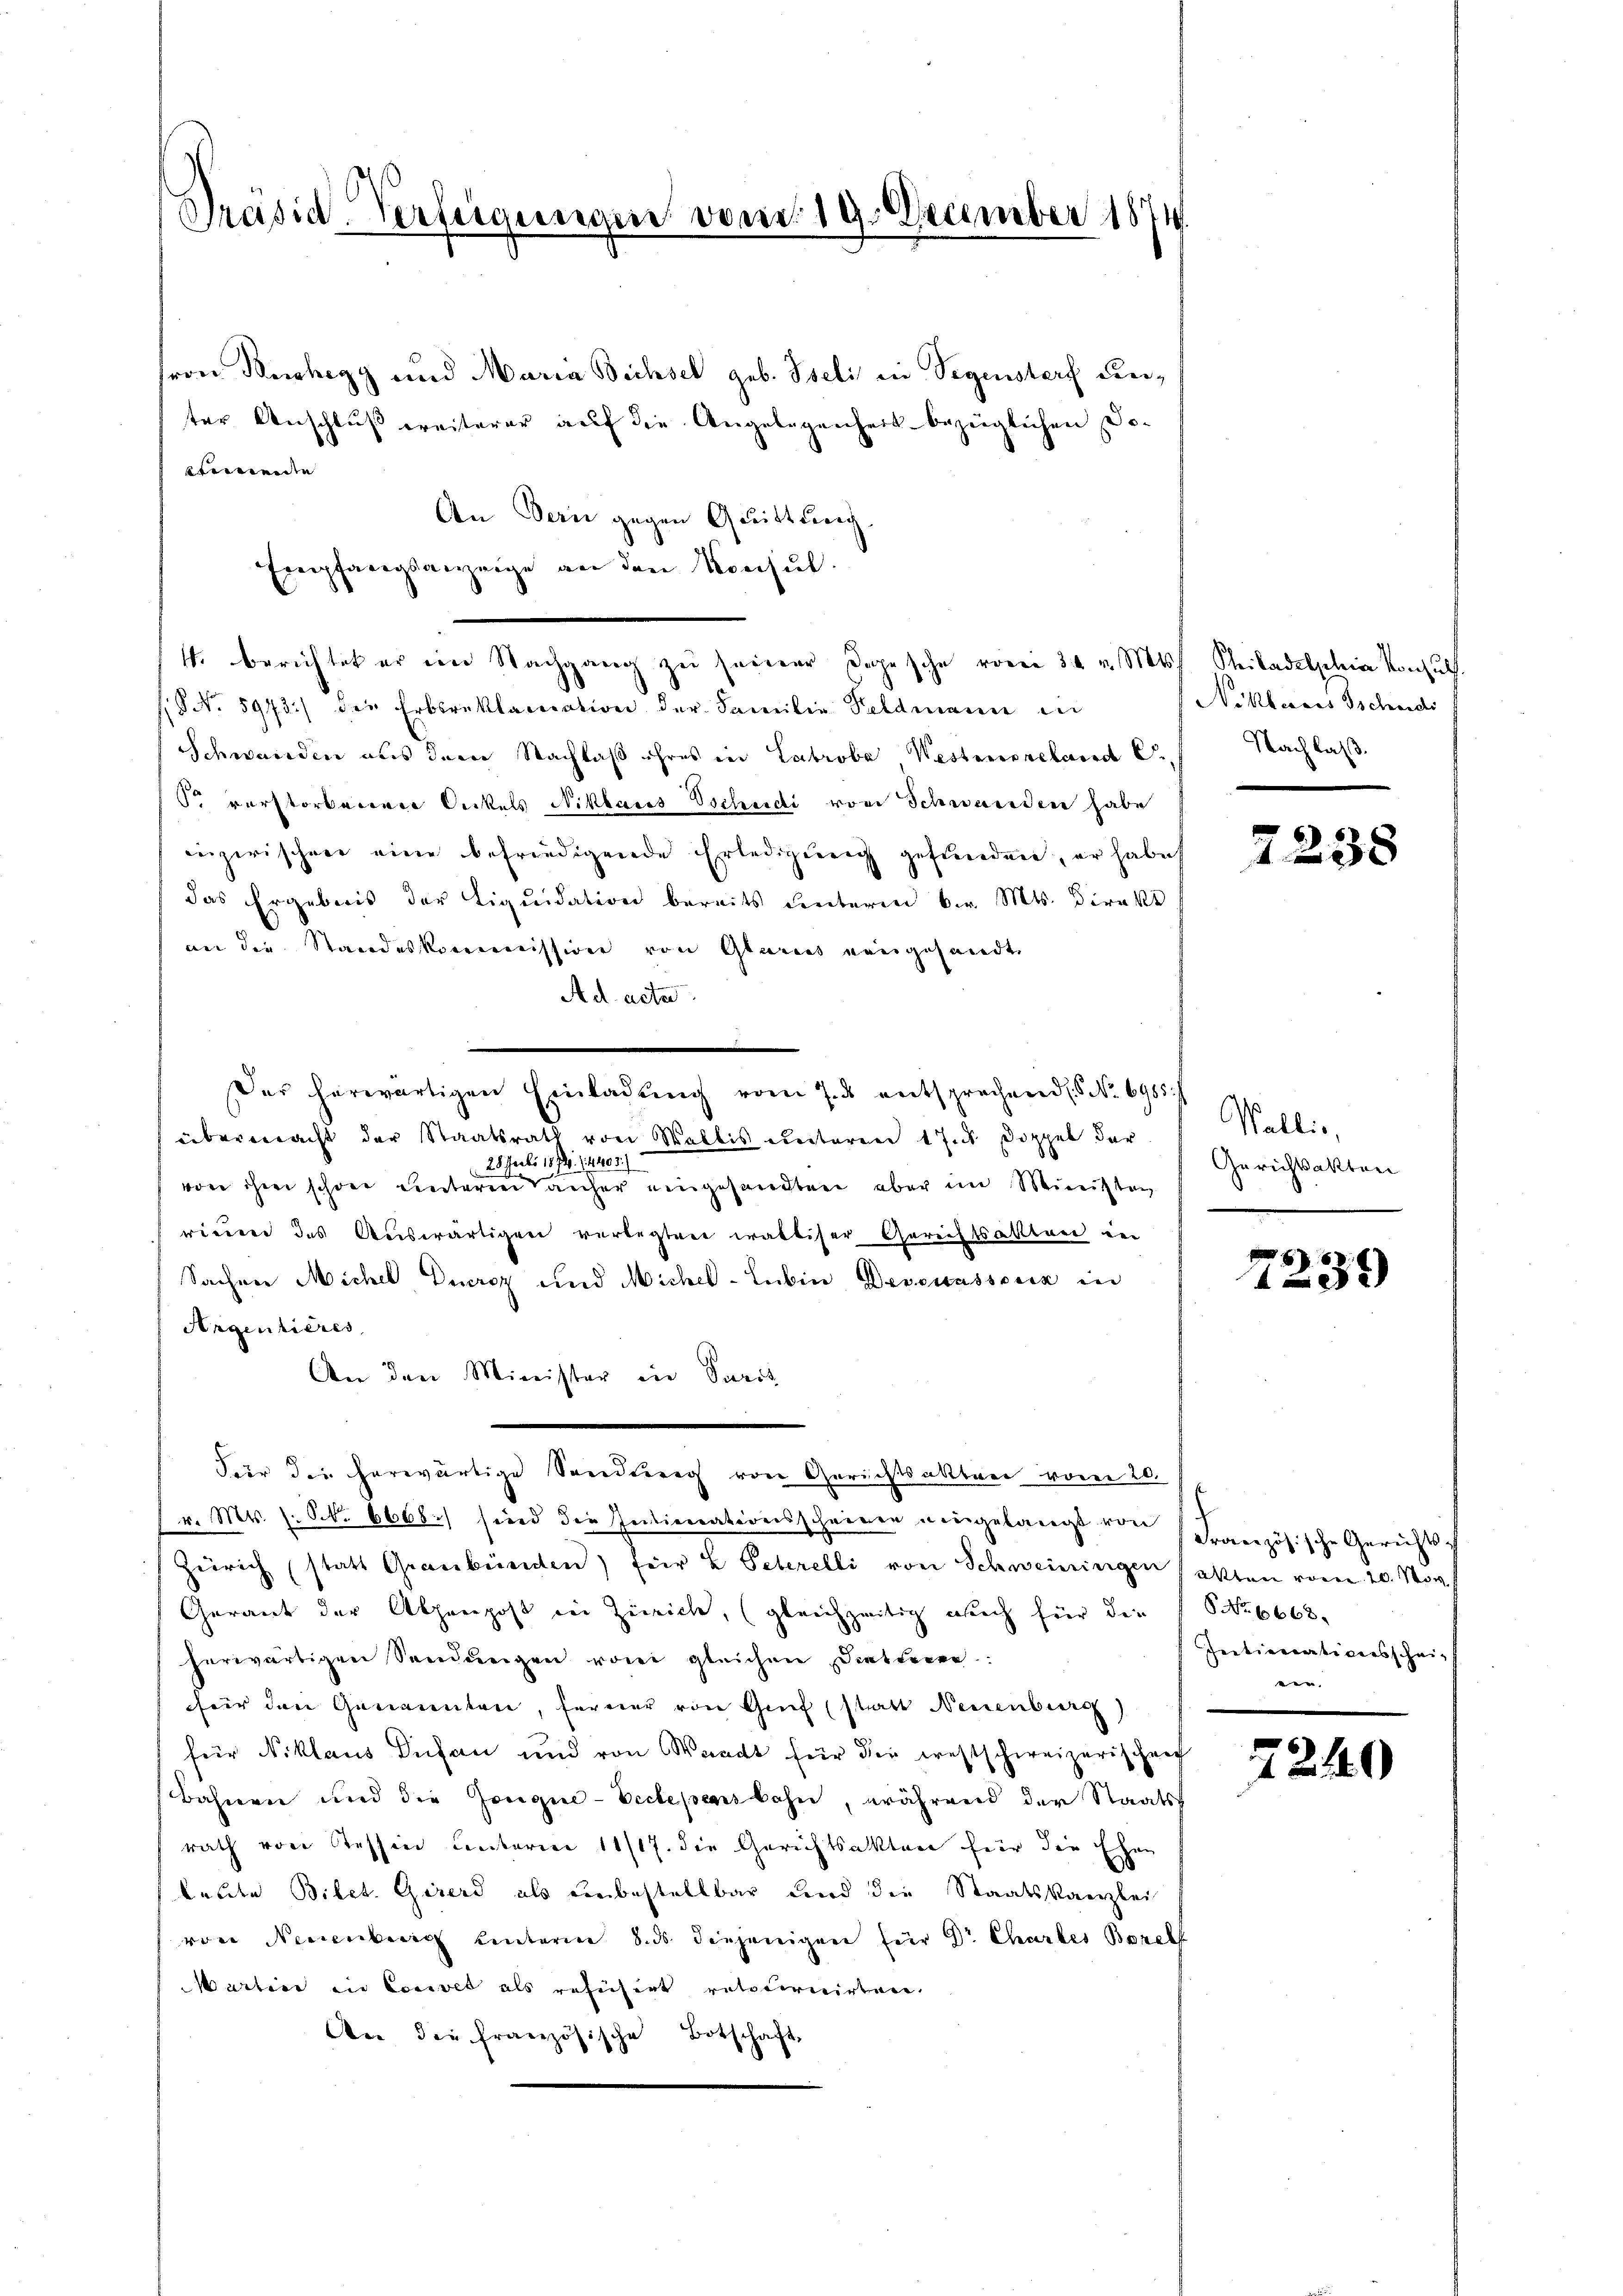
Präsid-Verfügungen vom 19. December 1874

von Buchegg und Maria Bichsel geb. Iseli in Segenstorf Kreiter Anschluß weiterer auf die Angelegenheit bezüglichen Doeerenden
An Bern gegen Quittung.
Empfangsanzeige an den Konsul-
(§ No. 5973.) die Erbsreklacication der Familie Feldmann in
Schwanden aus dem Nachlaß ihres in Labrobe, Westeueretard C
 verstorbenen Onkels Niklaus Tschudi von Schwanden habe
inzwischen eine befriedigende Erledigung gefunden, er habe
das Ergebnis der Liquidation bereits unterm br. Mts. Direkt
an die Standeskommission von Glarus vergesandt,
Ad acte.
Der herwärtigen Einladŭng vom 7. ds entsprechend No 6985./
übermacht der Staatsrath von Wallis unteren 1 Ins Doppel dar
28. Febr 1874. 14403.)
vone ihm schöne Leuteren Tauser eingesandten aber im Ministen
rinen des Auswärtigen verlegten walliser Gerichtsalten in
Sachen Michel Diurcz und Michel-Lubin Devesassocia in
Argentieres
An den Minister in Parit
Für die herwärtige Sendung von Gerichtsakteri vom 20.
 v. Mts. s. S. 6668.) sind die Intimnationsscheinen eingelangt von Französische Gerichts-
Zürich (statt Graubünden) für 4 Peterelli von Schweiningen hatten vom 20. Nov.
Gerant der Alpenpost in Zürich, (gleichzeitig auch für die
herwärtigen Sendungen vorei gleichen Dietieren
für den Genannten, ferner von Genf (statt Neuenburg)
für Niklaus Diesen und von Waadt für die Festschweizerischen
Bahnen und die Gongue-Veclepensbahn, während der Staatsrath von Tessin Centarien 11/17. die Gerichtsakten für die Ehen
feldte Bilet. Girard als unbestellbar und die Staatskanzlei
von Neuenburg hinterm 8. ds. diejenigen für Dr Chartes Borel
Martier in Convet als refüsirt retournirten.
An die französische Botschaft,

4. Berichtet er im Nachgang zu seiner Depesche vorei 30 v. Mts.

Schiladelphia vorzul
No Kheraus Tschendi
Nachlaß.
“

7238

Wallis,
Gerichtsakten

858
482)

NNo. 6668.
Ietientationsschei¬
u- |

7240